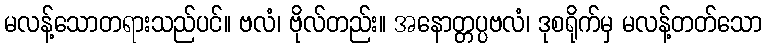
မလန့်သောတရားသည်ပင်။ ဗလံ၊ ဗိုလ်တည်း။ အနောတ္တပ္ပဗလံ၊ ဒုစရိုက်မှ မလန့်တတ်သော